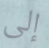
إلى